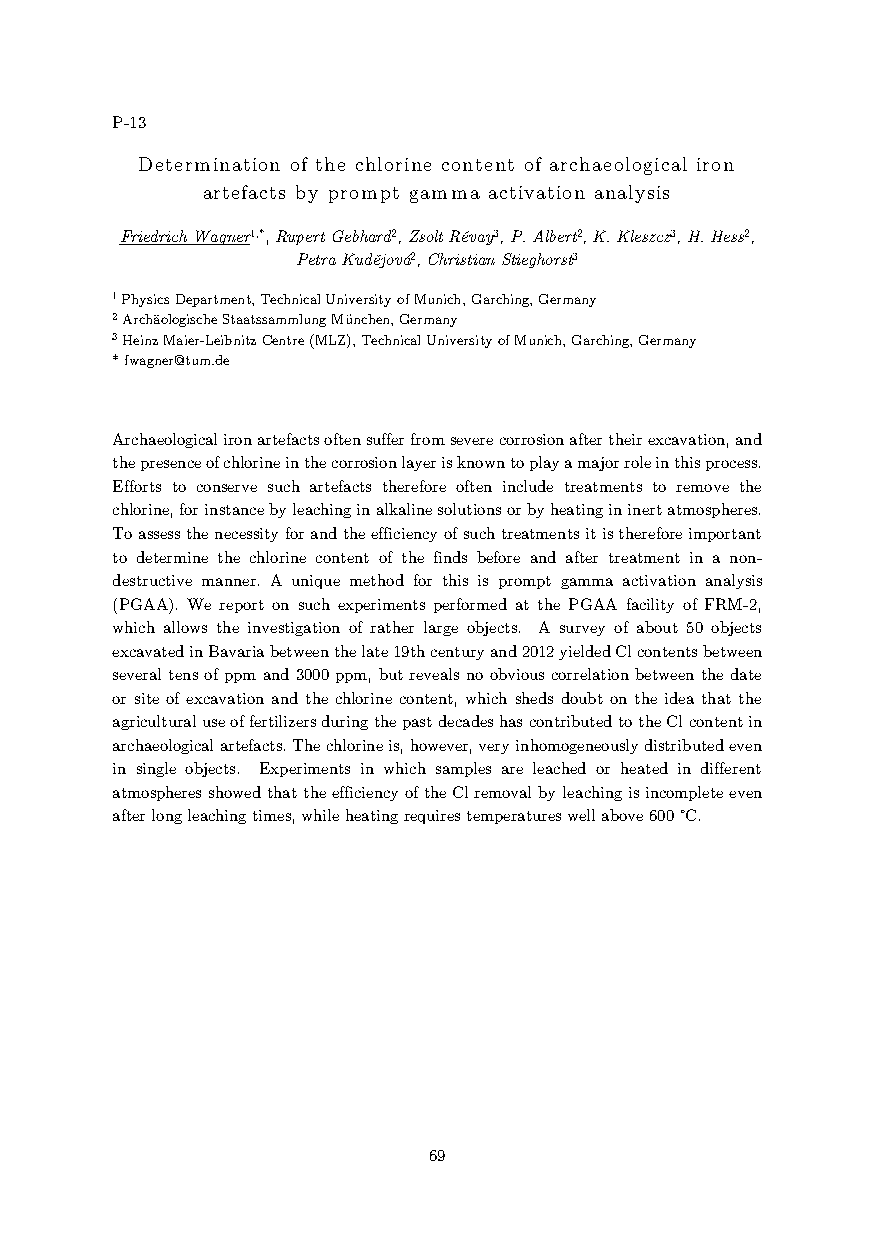
P-13
 Determination of the chlorine content of archaeological iron
 artefacts by prompt gamma activation analysis
 Friedrich Wagner1,*, Rupert Gebhard2, Zsolt Révay3, P. Albert2, K. Kleszcz3, H. Hess2,
 Petra Kudějová2, Christian Stieghorst3
 1 Physics Department, Technical University of Munich, Garching, Germany
 2 Archäologische Staatssammlung München, Germany
 3 Heinz Maier-Leibnitz Centre (MLZ), Technical University of Munich, Garching, Germany
 * fwagner@tum.de
 Archaeological iron artefacts often suffer from severe corrosion after their excavation, and
 the presence of chlorine in the corrosion layer is known to play a major role in this process.
 Efforts to conserve such artefacts therefore often include treatments to remove the
 chlorine, for instance by leaching in alkaline solutions or by heating in inert atmospheres.
 To assess the necessity for and the efficiency of such treatments it is therefore important
 to determine the chlorine content of the finds before and after treatment in a non-
 destructive manner. A unique method for this is prompt gamma activation analysis
 (PGAA). We report on such experiments performed at the PGAA facility of FRM-2,
 which allows the investigation of rather large objects. A survey of about 50 objects
 excavated in Bavaria between the late 19th century and 2012 yielded Cl contents between
 several tens of ppm and 3000 ppm, but reveals no obvious correlation between the date
 or site of excavation and the chlorine content, which sheds doubt on the idea that the
 agricultural use of fertilizers during the past decades has contributed to the Cl content in
 archaeological artefacts. The chlorine is, however, very inhomogeneously distributed even
 in single objects. Experiments in which samples are leached or heated in different
 atmospheres showed that the efficiency of the Cl removal by leaching is incomplete even
 after long leaching times, while heating requires temperatures well above 600 °C.
 69